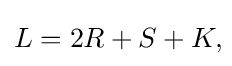
L=2R+S+K,\!